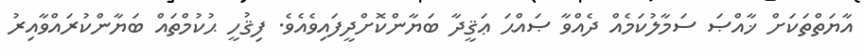
އާޔަތްތަކަށް ޚާއްޞަ ސަމާލުކަމެއް ދެއްވާ ޞައްޙަ ޢަޤީދާ ބަޔާންކޮށްދީފައިވެއެވެ. ފިޤުހީ ޙުކުމްތައް ބަޔާންކުރައްވާއިރު